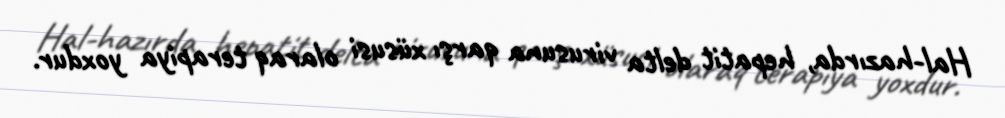
Hal-hazırda, hepatit delta virusuna qarşı xüsusi olaraq terapiya yoxdur.